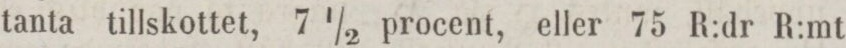
tanta tillskottet, 7½ procent, eller 75 R:dr R:mt